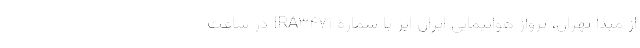
از مبدا تهران، پرواز هواپیمایی ایران ایر با شماره IRA۳۴۷۱ در ساعت